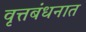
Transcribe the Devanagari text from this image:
वृत्तबंधनात